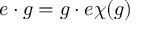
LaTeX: e \cdot g = g \cdot e \chi ( g )